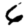
Digit: 6